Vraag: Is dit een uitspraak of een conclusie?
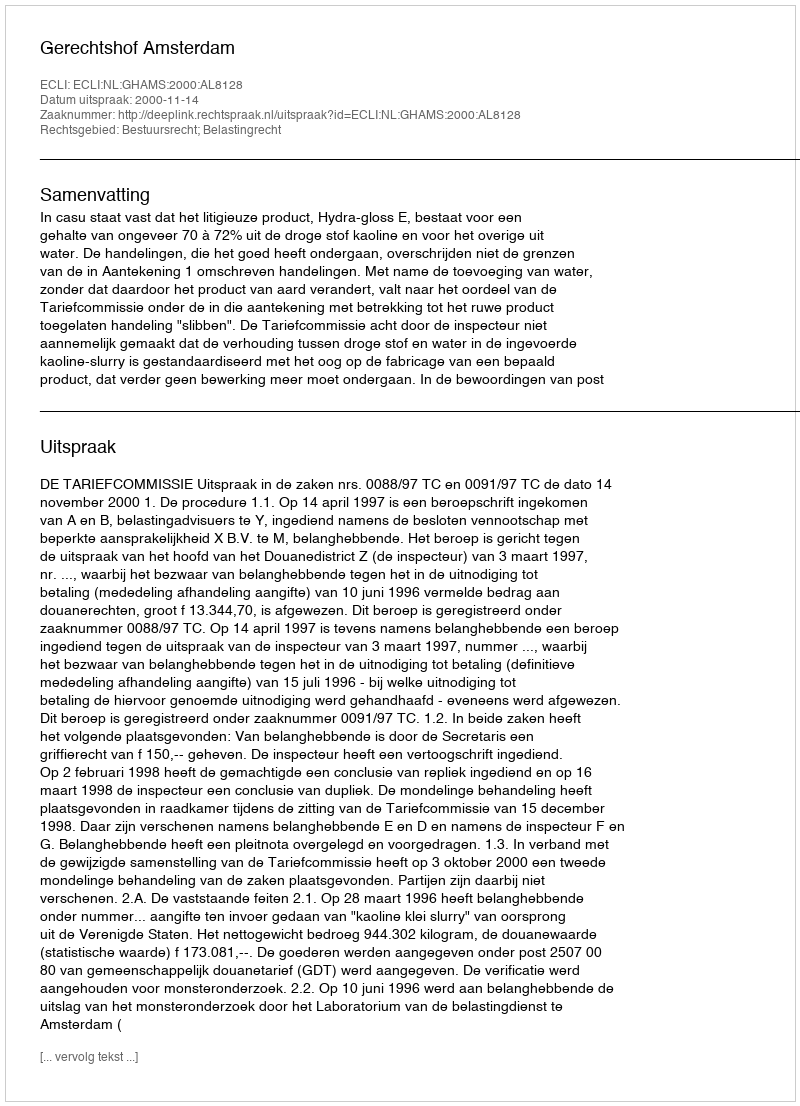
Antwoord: Uitspraak